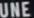
UNE